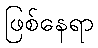
ဖြစ်နေရာ